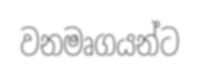
වනමෘගයන්ට